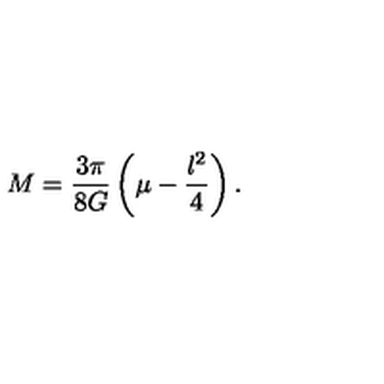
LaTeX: M = \frac { 3 \pi } { 8 G } \left( \mu - \frac { l ^ { 2 } } { 4 } \right) .